Annual report of the Prince of Wales Medical College, Patna
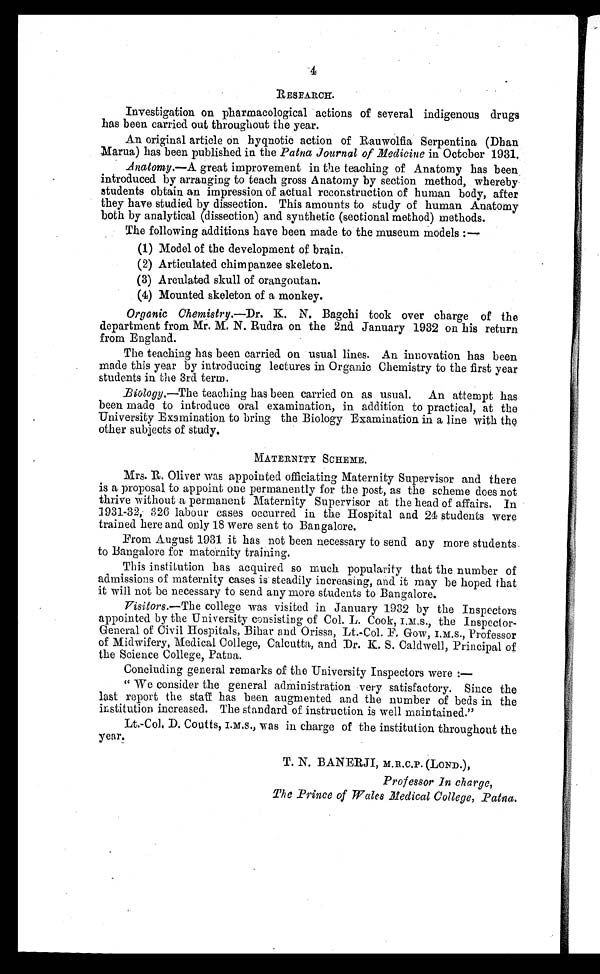
4
RESEARCH.
Investigation on pharmacological actions of several indigenous drugs
has been carried out throughout the year.
An original article on hyqnotic action of Rauwolfia Serpentina (Dhan
Marua) has been published in the Patna Journal of Medicine in October 1931.
Anatomy.—A great improvement in the teaching of Anatomy has been
introduced by arranging to teach gross Anatomy by section method, whereby
students obtain an impression of actual reconstruction of human body, after
they have studied by dissection. This amounts to study of human Anatomy
both by analytical (dissection) and synthetic (sectional method) methods.
The following additions have been made to the museum models :
—
(1) Model of the development of brain.
(2) Articulated chimpanzee skeleton.
(3) Arculated skull of orangoutan.
(4) Mounted skeleton of a monkey.
Organic Chemistry.—Dr. K. N. Bagchi took over charge of the
department from Mr. M. N. Rudra on the 2nd January 1932 on his return
from England.
The teaching has been carried on usual lines. An innovation has been
made this year by introducing lectures in Organic Chemistry to the first year
students in the 3rd term.
Biology.—The teaching has been carried on as usual. An attempt has
been made to introduce oral examination, in addition to practical, at the
University Examination to bring the Biology Examination in a line with the
other subjects of study.
MATERNITY SCHEME.
Mrs. R. Oliver was appointed officiating Maternity Supervisor and there
is a proposal to appoint one permanently for the post, as the scheme does not
thrive without a permanent Maternity Supervisor at the head of affairs. In
1931-32, 326 labour cases occurred in. the Hospital and 24 students were
trained here and only 18 were sent to Bangalore.
From August 1931 it has not been necessary to send any more students
to Bangalore for maternity training.
This institution has acquired so much popularity that the number of
admissions of maternity cases is steadily increasing, and it may be hoped that
it will not be necessary to send any more students to Bangalore.
Visitors.—The college was visited in January 1932 by the Inspectors
appointed by the University consisting of Col. L. Cook, I.M.S., the Inspector
-General of Civil Hospitals, Bihar and Orissa, Lt.-Col. F. GOW, I.M.S., Professor
of Midwifery, Medical College, Calcutta, and Dr. K. S. Caldwell, Principal of
the Science College, Patna.
Concluding general remarks of the University Inspectors were :
—
“ We consider the general administration very satisfactory. Since the
last report the staff has been augmented and the number of beds in the
institution increased. The standard of instruction is well maintained.”
Lt.-Col. D. Coutts, I.M.S., was in charge of the institution throughout the
year.
T. N. BANERJI, M.R.C.P.(LOND.),
Professor In charge ,
The Prince of Wales Medical College , Patna.